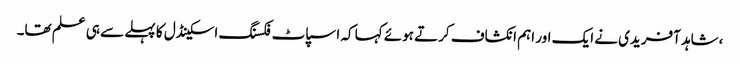
،شاہد آفریدی نے ایک اور اہم انکشاف کرتے ہوئے کہا کہ اسپاٹ فکسنگ اسکینڈل کا پہلے سے ہی علم تھا۔